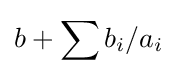
b+\sum b_{i}/a_{i}